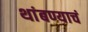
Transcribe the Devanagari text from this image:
थांबण्याचं